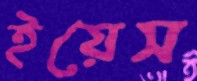
ইয়েস